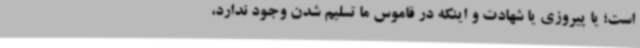
است؛ یا پیروزی یا شهادت و اینکه در قاموس ما تسلیم شدن وجود ندارد،